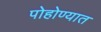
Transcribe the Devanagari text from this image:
पोहोण्यात